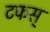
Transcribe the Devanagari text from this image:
टफस्